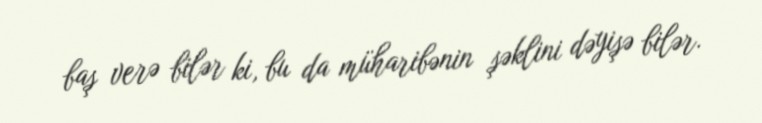
baş verə bilər ki, bu da müharibənin şəklini dəyişə bilər.